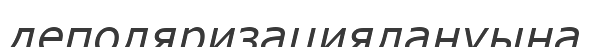
деполяризациялануына